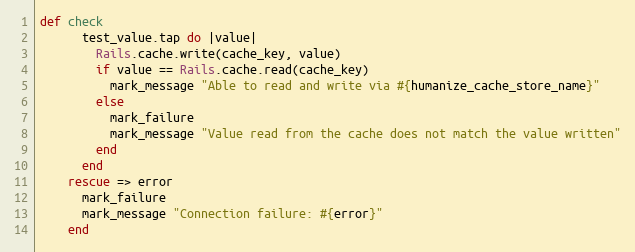
Language: Ruby
def check
      test_value.tap do |value|
        Rails.cache.write(cache_key, value)
        if value == Rails.cache.read(cache_key)
          mark_message "Able to read and write via #{humanize_cache_store_name}"
        else
          mark_failure
          mark_message "Value read from the cache does not match the value written"
        end
      end
    rescue => error
      mark_failure
      mark_message "Connection failure: #{error}"
    end